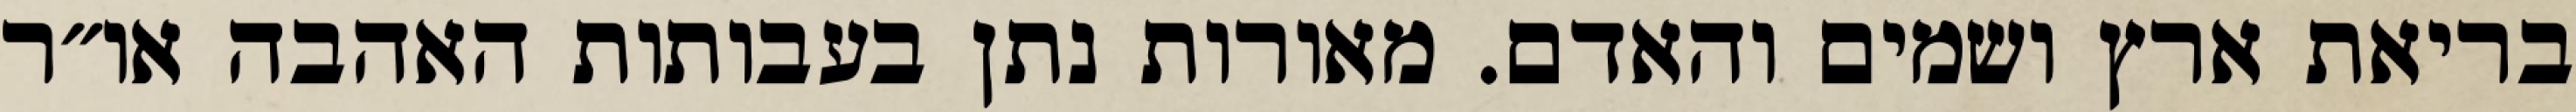
בריאת ארץ ושמים והאדם. מאורות נתן בעבותות האהבה או״ר